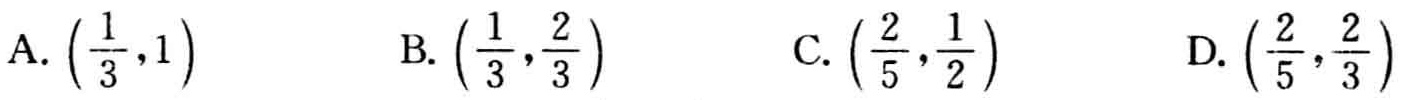
A. $\left(\frac{1}{3},1\right)$ B. $\left(\frac{1}{3},\frac{2}{3}\right)$ C. $\left(\frac{2}{5},\frac{1}{2}\right)$ D. $\left(\frac{2}{5},\frac{2}{3}\right)$